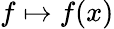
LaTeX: f\mapsto f(x)